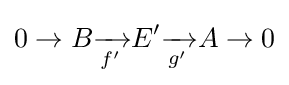
0\to B{\xrightarrow[{f'}]{}}E'{\xrightarrow[{g'}]{}}A\to 0